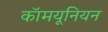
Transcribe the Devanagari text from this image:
कॉमयूनियन